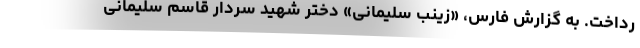
رداخت. به گزارش فارس، «زینب سلیمانی» دختر شهید سردار قاسم سلیمانی